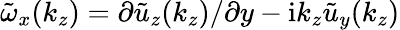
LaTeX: \tilde{\omega}_{x}(k_{z})=\partial\tilde{u}_{z}(k_{z})/\partial y-\mathrm{i}k_{z}\tilde{u}_{y}(k_{z})